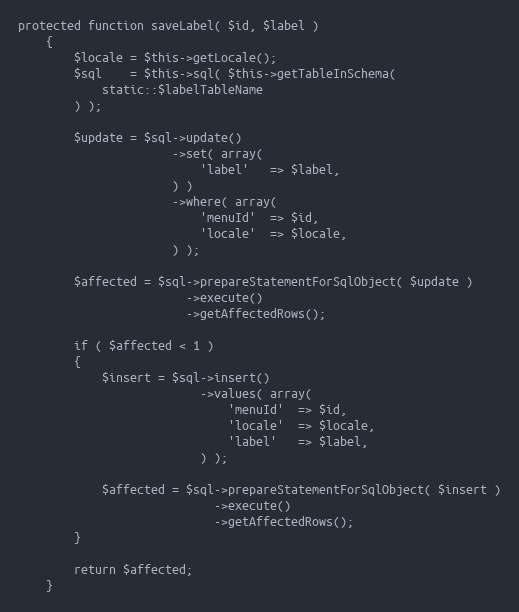
Language: PHP
protected function saveLabel( $id, $label )
    {
        $locale = $this->getLocale();
        $sql    = $this->sql( $this->getTableInSchema(
            static::$labelTableName
        ) );

        $update = $sql->update()
                      ->set( array(
                          'label'   => $label,
                      ) )
                      ->where( array(
                          'menuId'  => $id,
                          'locale'  => $locale,
                      ) );

        $affected = $sql->prepareStatementForSqlObject( $update )
                        ->execute()
                        ->getAffectedRows();

        if ( $affected < 1 )
        {
            $insert = $sql->insert()
                          ->values( array(
                              'menuId'  => $id,
                              'locale'  => $locale,
                              'label'   => $label,
                          ) );

            $affected = $sql->prepareStatementForSqlObject( $insert )
                            ->execute()
                            ->getAffectedRows();
        }

        return $affected;
    }